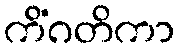
ကိံဂတိကာ